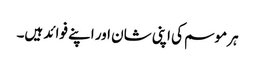
ہر موسم کی اپنی شان اور اپنے فوائد ہیں۔